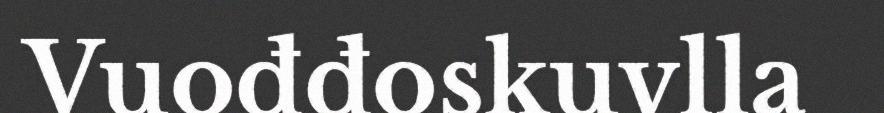
Vuođđoskuvlla